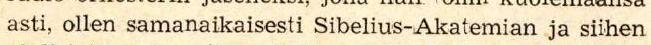
asti, ollen samanaikaisesti Sibelius-Akatemian ja siihen